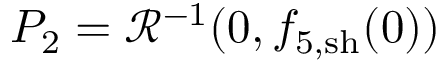
P _ { 2 } = \mathcal { R } ^ { - 1 } ( 0 , { f } _ { 5 , \mathrm { s h } } ( 0 ) )